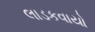
લાડકવાયો